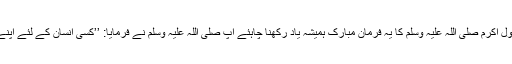
بلکہ ایسے معاملات میں شریک ہونے والوں کیلئے سخت وعید وارد ہوئی ہےانہیں رسولِ اکرم صلی اللہ علیہ وسلم کا یہ فرمانِ مبارک ہمیشہ یاد رکھنا چاہئے آپ صلی اللہ علیہ وسلم نے فرمایا: ’’کسی انسان کے لئے اپنے (دینی)بھائی کے مال سے اُس کی رضا و خوشی کے بغیر کچھ بھی لینا جائز نہیں‘‘۔